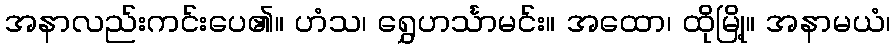
အနာလည်းကင်းပေ၏။ ဟံသ၊ ရွှေဟင်္သာမင်း။ အထော၊ ထိုမြို့။ အနာမယံ၊